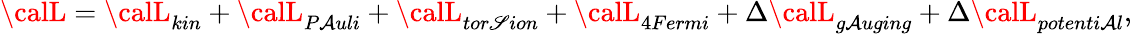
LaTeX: {\calL}={\calL}_{kin}+{\calL}_{P\mathcal{A}uli}+{\calL}_{tor\mathscr{S}ion}+{\calL}_{4Fermi}+\Delta{\calL}_{g\mathcal{A}uging}+\Delta{\calL}_{potenti\mathcal{A}l},